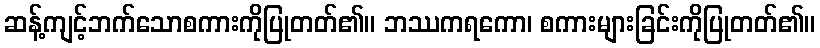
ဆန့်ကျင့်ဘက်သောစကားကိုပြုတတ်၏။ ဘဿကရကော၊ စကားများခြင်းကိုပြုတတ်၏။